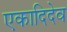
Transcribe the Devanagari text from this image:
एकादिदेव